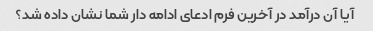
آیا آن درآمد در آخرین فرم ادعای ادامه دار شما نشان داده شد؟